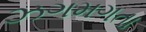
ઝગમગતા